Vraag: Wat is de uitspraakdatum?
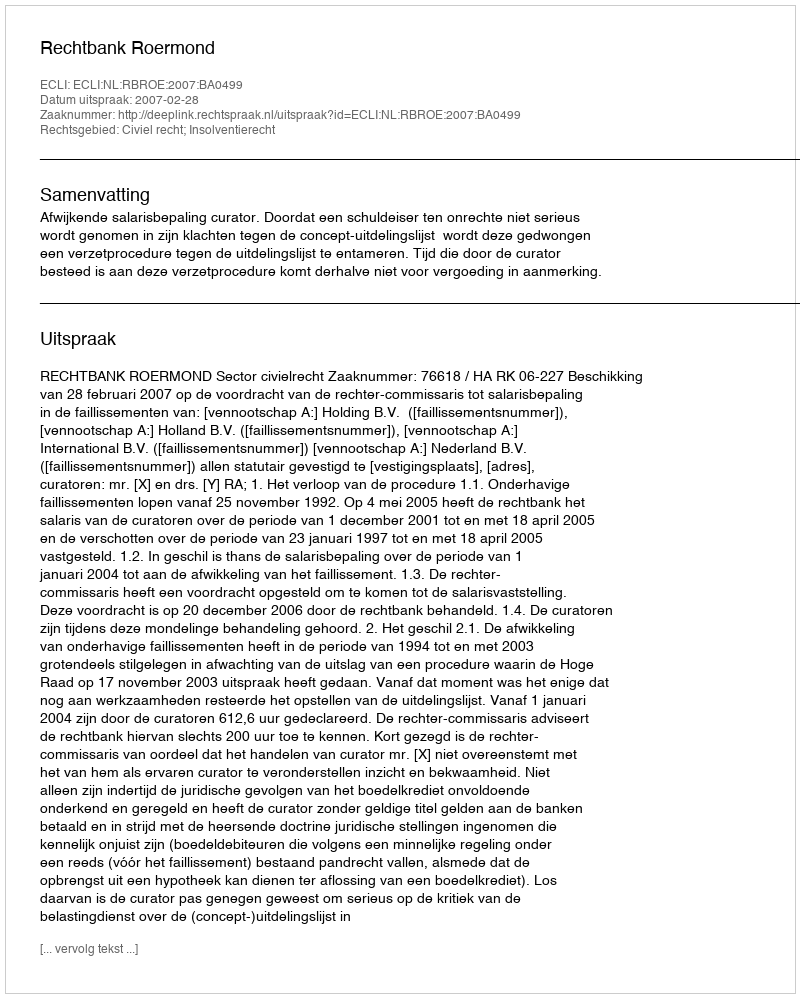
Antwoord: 2007-02-28